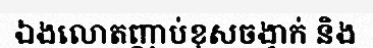
ឯងលោតញាប់ខុសចង្វាក់ និង